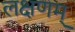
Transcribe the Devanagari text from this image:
लक्षणम्